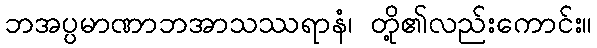
ဘအပ္ပမာဏာဘအာသဿရာနံ၊ တို့၏လည်းကောင်း။